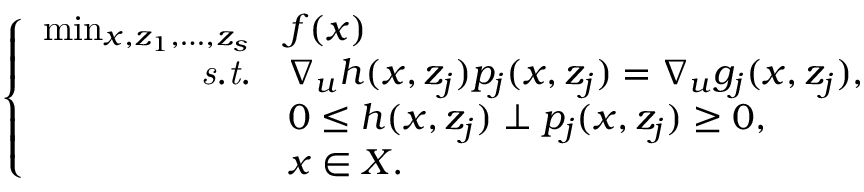
\left\{ \begin{array} { r l } { \operatorname* { m i n } _ { \substack { x , z _ { 1 } , \ldots , z _ { s } } } } & { f ( x ) } \\ { \mathit { s . t . } } & { \nabla _ { u } h ( x , z _ { j } ) p _ { j } ( x , z _ { j } ) = \nabla _ { u } g _ { j } ( x , z _ { j } ) , } \\ & { 0 \le h ( x , z _ { j } ) \perp p _ { j } ( x , z _ { j } ) \ge 0 , } \\ & { x \in X . } \end{array} \right.